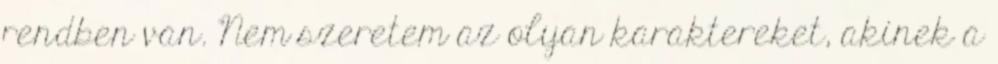
rendben van. Nem szeretem az olyan karaktereket, akinek a